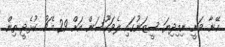
އޭނާ ވަނީ ނިމިދިޔަ ސީޒަނުގައި ލެވަކޫސަން އަށް 29 މެޗު ކުޅެދީ ތިން